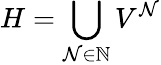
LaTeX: H=\bigcup_{\mathcal{N}\in\mathbb{{N}}}V^{\mathcal{N}}